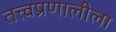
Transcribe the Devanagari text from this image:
तत्त्वप्रणालीला